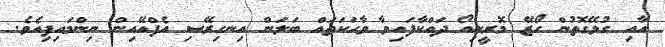
އާއި ގުޅޭގޮތުން ހޯޒޭ މޮރީނިއޯ ދައްކާފައިވާ ވާހަކަތައް ބަލަން އިނގިރޭސި އެފްއޭއިން ނިންމައިފިއެވެ.